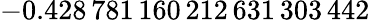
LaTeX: -0.428\, 781\, 160\, 212\, 631\, 303\, 442